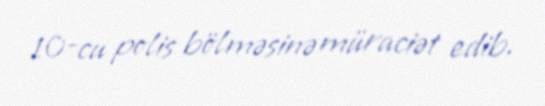
10-cu polis bölməsinə müraciət edib.